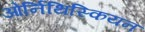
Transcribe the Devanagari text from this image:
ओर्निथिस्कियन